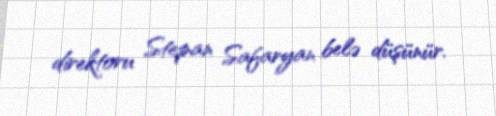
direktoru Stepan Safaryan belə düşünür.